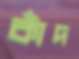
কাঁদ